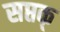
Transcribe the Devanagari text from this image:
सप्तक्